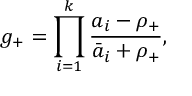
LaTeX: g _ { + } = \prod _ { i = 1 } ^ { k } \frac { a _ { i } - \rho _ { + } } { \bar { a } _ { i } + \rho _ { + } } ,